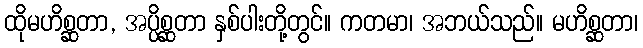
ထိုမဟိစ္ဆတာ, အပ္ပိစ္ဆတာ နှစ်ပါးတို့တွင်။ ကတမာ၊ အဘယ်သည်။ မဟိစ္ဆတာ၊